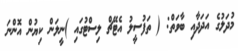
މުދަލުގެ އަދަދާއި ބާވަތް: ( ތަފުސީލު އެޓޭޗް ލިސްޓުގައި )ނީލަން ކިޔުން އޮންނަ